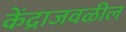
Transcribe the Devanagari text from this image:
केंद्राजवळील